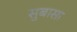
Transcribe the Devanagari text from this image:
सुबासा